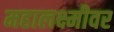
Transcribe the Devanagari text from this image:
महालक्ष्मीवर